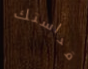
قداستك